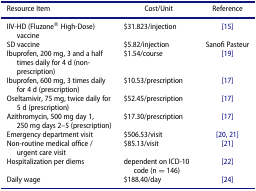
<table><thead><tr><td><b>Resource Item</b></td><td><b>Cost/Unit</b></td><td><b>Reference</b></td></tr></thead><tbody><tr><td>IIV-HD (Fluzone® High-Dose) vaccine</td><td>$31.823/injection</td><td>[15]</td></tr><tr><td>SD vaccine</td><td>$5.82/injection</td><td>Sanofi Pasteur</td></tr><tr><td>Ibuprofen, 200 mg, 3 and a half times daily for 4 d (non-prescription)</td><td>$1.54/course</td><td>[19]</td></tr><tr><td>Ibuprofen, 600 mg, 3 times daily for 4 d (prescription)</td><td>$10.53/prescription</td><td>[17]</td></tr><tr><td>Oseltamivir, 75 mg, twice daily for 5 d (prescription)</td><td>$52.45/prescription</td><td>[17]</td></tr><tr><td>Azithromycin, 500 mg day 1, 250 mg days 2–5 (prescription)</td><td>$17.30/prescription</td><td>[17]</td></tr><tr><td>Emergency department visit</td><td>$506.53/visit</td><td>[20, 21]</td></tr><tr><td>Non-routine medical office / urgent care visit</td><td>$85.13/visit</td><td>[21]</td></tr><tr><td>Hospitalization per diems</td><td>dependent on ICD-10 code (n = 146)</td><td>[22]</td></tr><tr><td>Daily wage</td><td>$188.40/day</td><td>[24]</td></tr></tbody></table>